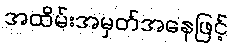
အထိမ်းအမှတ်အနေဖြင့်